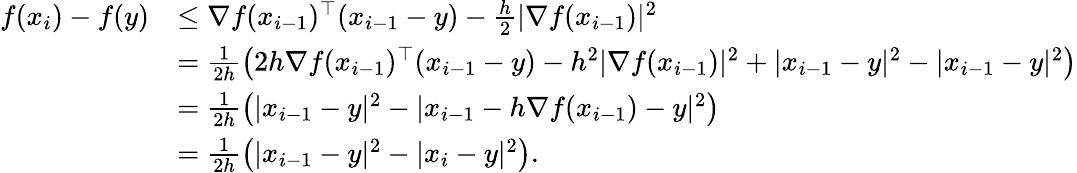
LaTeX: \begin{array}{rl}{f(x_{i})-f(y)}&{\leq\nabla f(x_{i-1})^{\top}(x_{i-1}-y)-\frac{h}{2}|\nabla f(x_{i-1})|^{2}}\\ &{=\frac{1}{2h}\left(2h\nabla f(x_{i-1})^{\top}(x_{i-1}-y)-h^{2}|\nabla f(x_{i-1})|^{2}+|x_{i-1}-y|^{2}-|x_{i-1}-y|^{2}\right)}\\ &{=\frac{1}{2h}\left(|x_{i-1}-y|^{2}-|x_{i-1}-h\nabla f(x_{i-1})-y|^{2}\right)}\\ &{=\frac{1}{2h}\left(|x_{i-1}-y|^{2}-|x_{i}-y|^{2}\right).}\end{array}